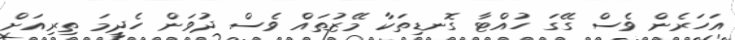
އަހަރެން ވެސް ގޭގަ ހުއްޓާ ގޮނޑިތަކާ މޭޒުތައް ވެސް ދުވަން ހެދީމަ ތިރިއަށް